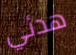
هدئي